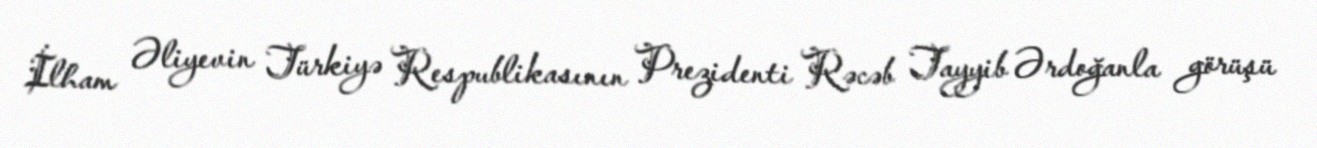
İlham Əliyevin Türkiyə Respublikasının Prezidenti Rəcəb Tayyib Ərdoğanla görüşü